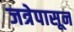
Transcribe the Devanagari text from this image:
जत्रेपासून